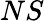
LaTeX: NS